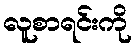
လူစာရင်းကို